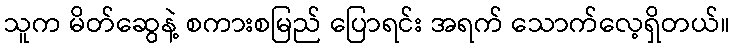
သူက မိတ်ဆွေနဲ့ စကားစမြည် ပြောရင်း အရက် သောက်လေ့ရှိတယ်။